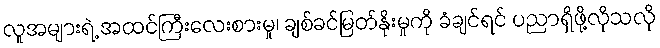
လူအများရဲ့ အထင်ကြီးလေးစားမှု၊ ချစ်ခင်မြတ်နိုးမှုကို ခံချင်ရင် ပညာရှိဖို့လိုသလို